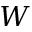
W